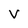
Character: V